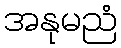
အနုမညံ